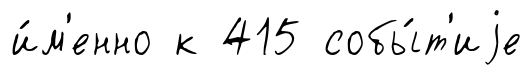
и́м'енно к 415 собы́т'иjе